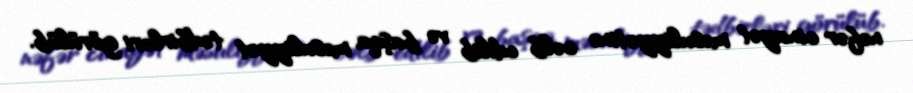
nəfər cinayət məsuliyyətinə cəlb edilib və başqa məsuliyyət tədbirləri görülüb.